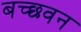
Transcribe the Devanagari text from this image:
बच्छवन